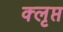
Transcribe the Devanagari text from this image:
क्लृप्त